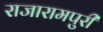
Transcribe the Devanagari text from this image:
राजारामपुरी